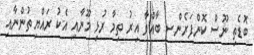
ބޮޑެތި ނޫސް ކޮންފަރެންސ ބާއްވާ އިރު ތިމާ ރުޅި މޫނާއި އެކު ރައްޔިތުންނާއި